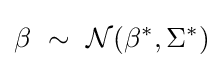
\beta \ \sim \ {\mathcal {N}}(\beta ^{*},\Sigma ^{*})